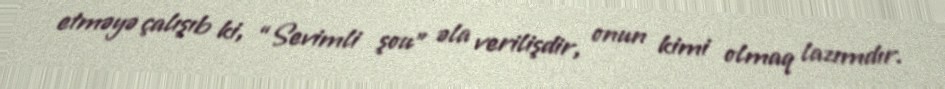
etməyə çalışıb ki, “Sevimli şou” əla verilişdir, onun kimi olmaq lazımdır.